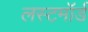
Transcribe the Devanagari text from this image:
लस्टमॉर्ड